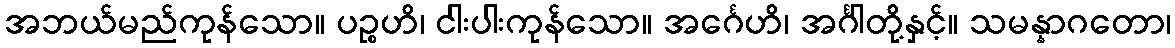
အဘယ်မည်ကုန်သော။ ပဉ္စဟိ၊ ငါးပါးကုန်သော။ အင်္ဂေဟိ၊ အင်္ဂါတို့နှင့်။ သမန္နာဂတော၊